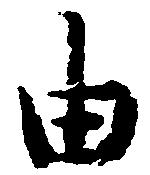
由